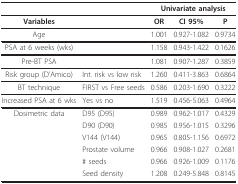
|  |  | <COLSPAN=3> Univariate analysis |
 | --- | --- | --- | --- | --- |
 | Variables |  | OR | CI 95% | P |
 | Age |  | 1.001 | 0.927-1.082 | 0.9734 |
 | PSA at 6 weeks (wks) |  | 1.158 | 0.943-1.422 | 0.1626 |
 | Pre-BT PSA |  | 1.081 | 0.907-1.287 | 0.3859 |
 | Risk group (D'Amico) | Int. risk vs low risk | 1.260 | 0.411-3.863 | 0.6864 |
 | BT technique | FIRST vs Free seeds | 0.586 | 0.203-1.690 | 0.3222 |
 | Increased PSA at 6 wks | Yes vs no | 1.519 | 0.456-5.063 | 0.4964 |
 | Dosimetric data | D95 (D95) | 0.989 | 0.962-1.017 | 0.4329 |
 |  | D90 (D90) | 0.985 | 0.956-1.015 | 0.3296 |
 |  | V144 (V144) | 0.965 | 0.805-1.156 | 0.6972 |
 |  | Prostate volume | 0.966 | 0.908-1.027 | 0.2681 |
 |  | # seeds | 0.966 | 0.926-1.009 | 0.1176 |
 |  | Seed density | 1.208 | 0.249-5.848 | 0.8145 |